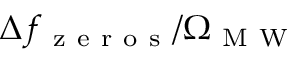
\Delta f _ { \mathrm { ~ z ~ e ~ r ~ o ~ s ~ } } / \Omega _ { \mathrm { ~ M ~ W ~ } }